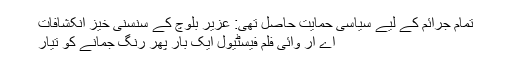
تمام جرائم کے لیے سیاسی حمایت حاصل تھی: عزیر بلوچ کے سنسنی خیز انکشافات
اے آر وائی فلم فیسٹیول ایک بار پھر رنگ جمانے کو تیار